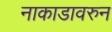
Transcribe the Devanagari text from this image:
नाकाडावरुन